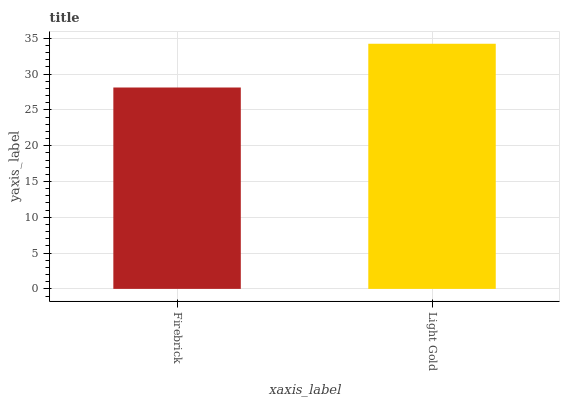
| xaxis_label | bars |
 | --- | --- |
 | Firebrick | 28.1 |
 | Light Gold | 34.2 |